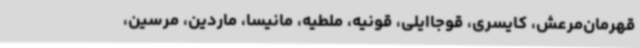
قهرمان‌مرعش، کایسری، قوجاایلی، قونیه، ملطیه، مانیسا، ماردین، مرسین،